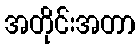
အတိုင်းအတာ